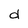
Character: d